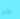
كم